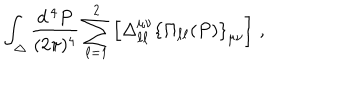
\int _ { \Delta } \frac { d ^ { \, 4 } P } { ( 2 \pi ) ^ { 4 } } \sum _ { \ell = 1 } ^ { 2 } \left[ \Delta _ { \ell \ell } ^ { \mu \nu } \left\{ \Pi _ { \ell \ell } ( P ) \right\} _ { \mu \nu } \right] \, ,